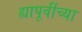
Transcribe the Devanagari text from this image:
ह्यापूर्वीच्या